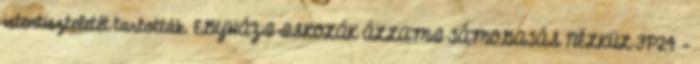
istentiszteletét tartották. EGYHÁZI ISKOLÁK ÁLLAMI TÁMOGATÁS NÉLKÜL FP24 -